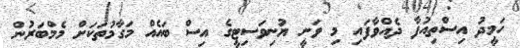
ހަމީދު އިސްތިއުފާ ދެއްވާފައި މި ވަނީ ޔުނިވަސިޓީގެ އިސް ބައެއް މަގާމުތަކަށް މެމްބަރުން